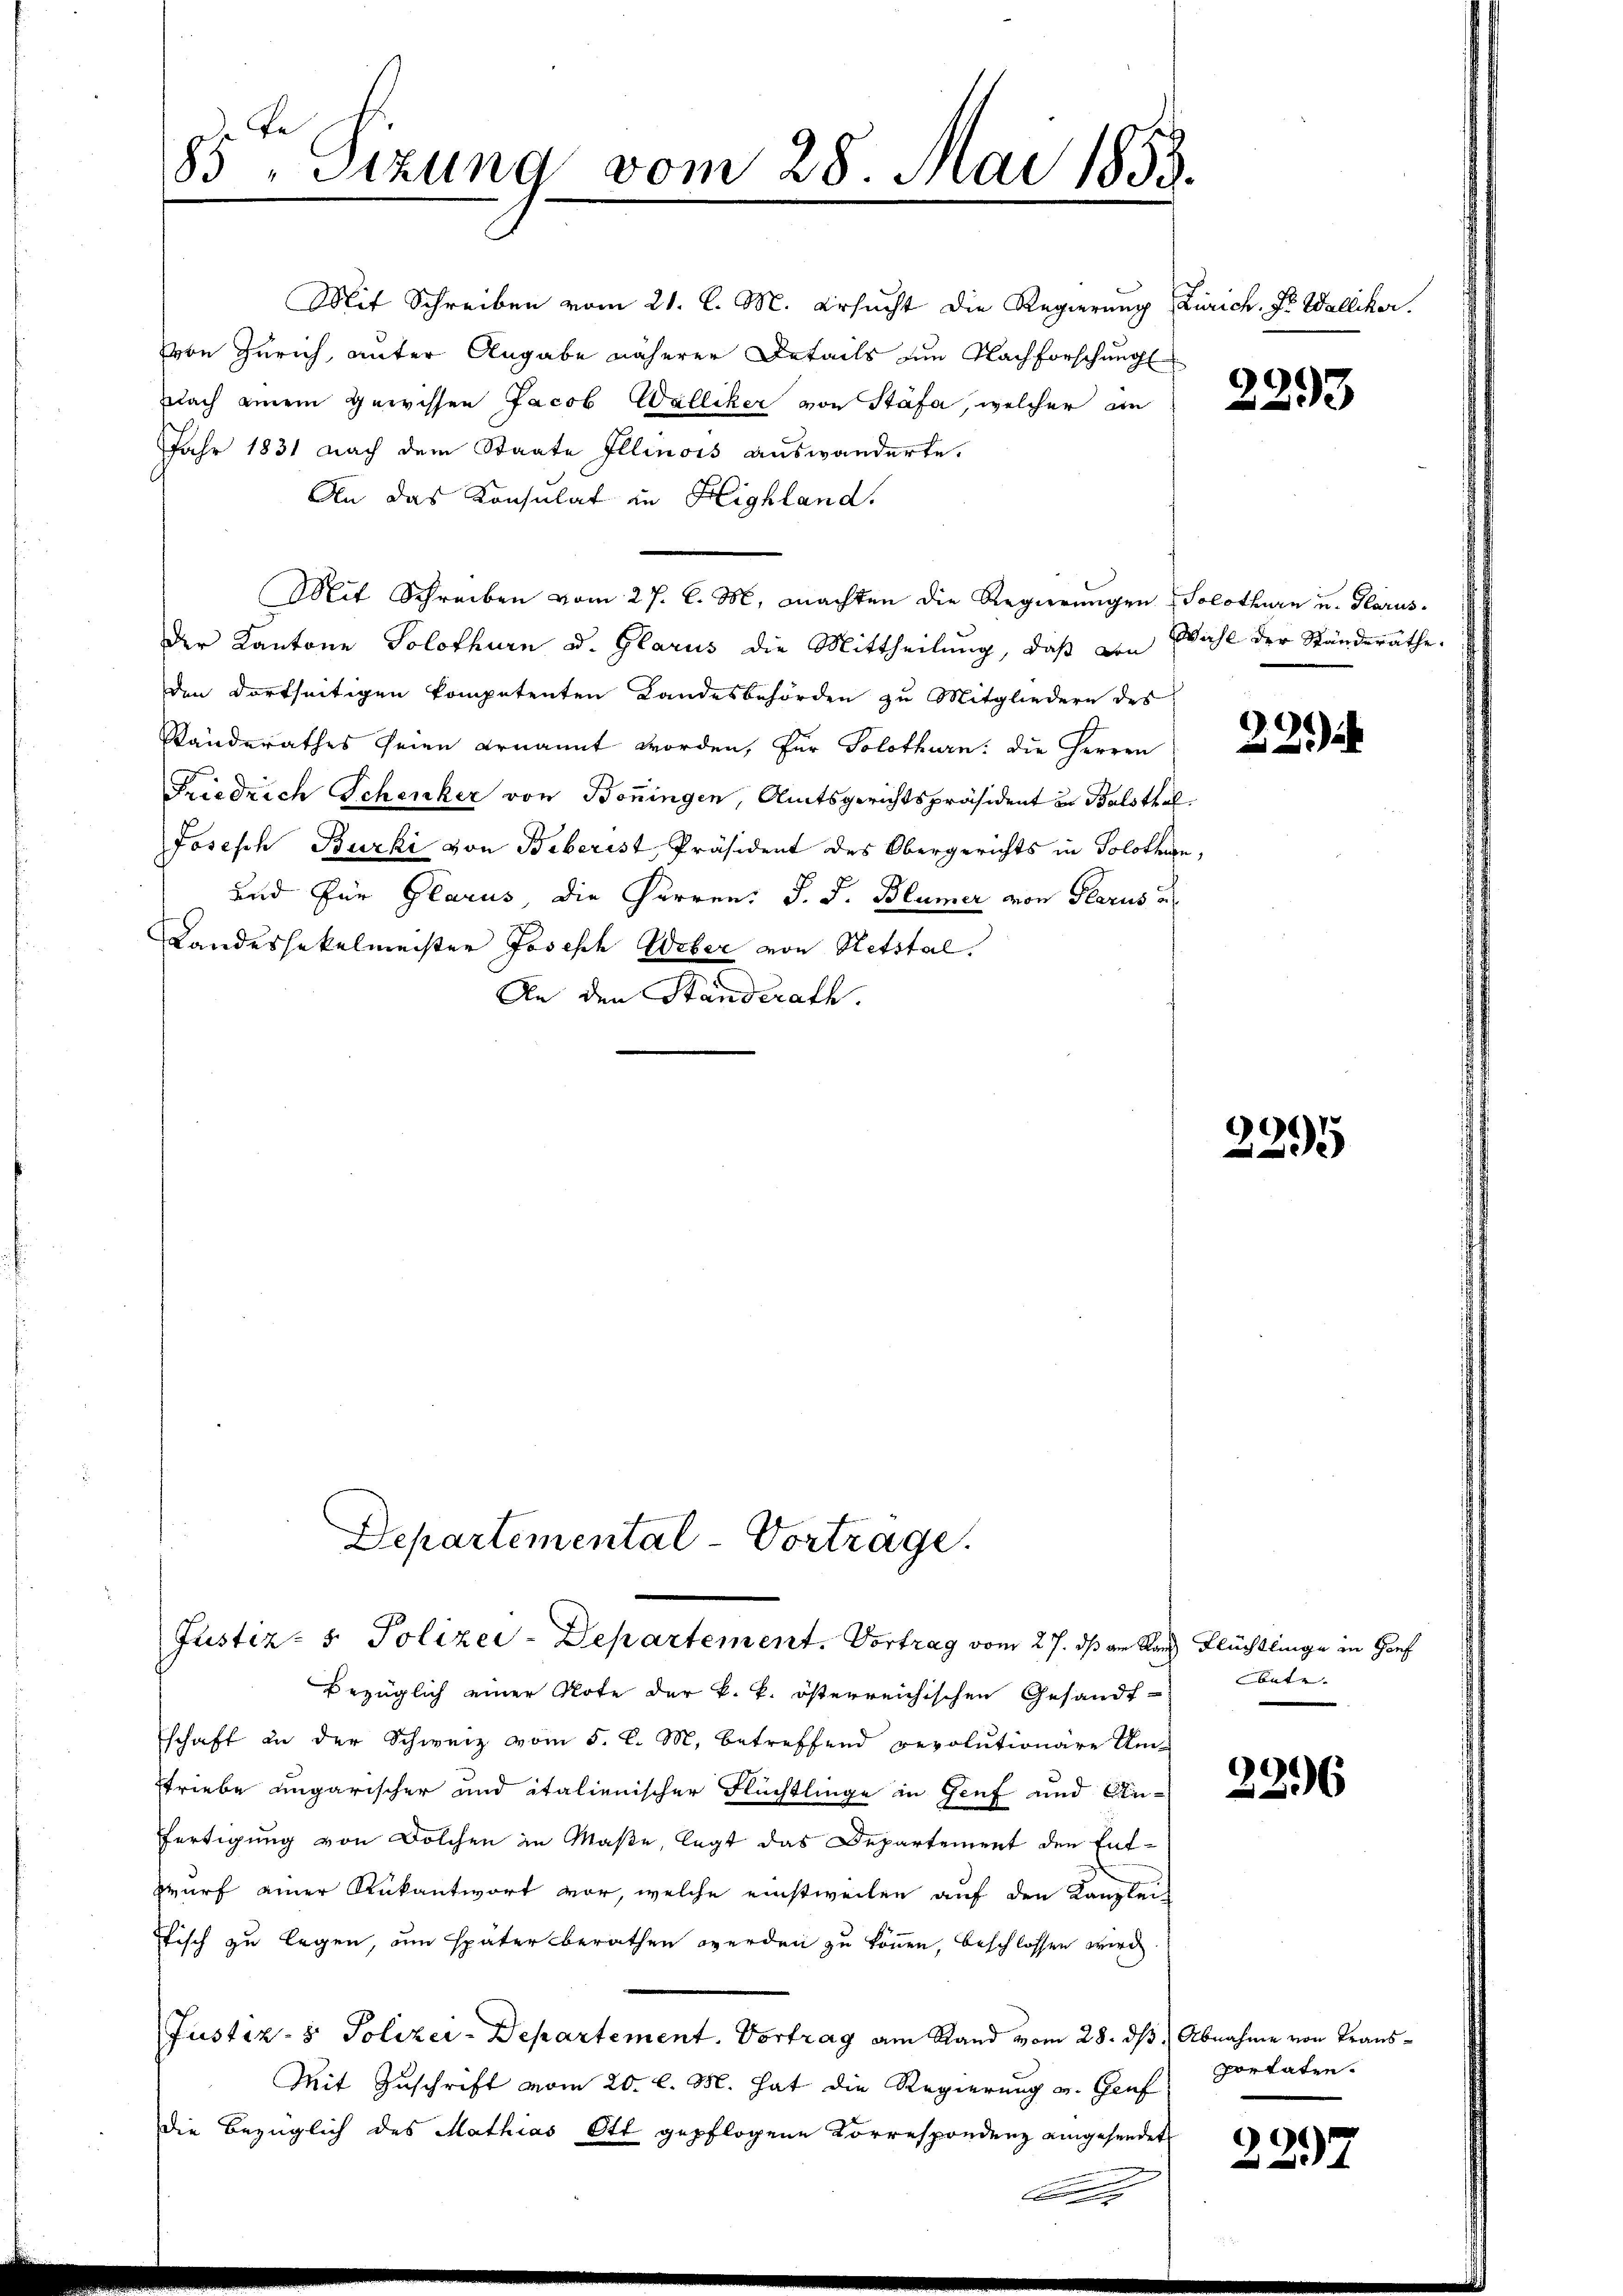
Mit Schreiben vom 21. l. M. ersucht die Regierung Zürich. Fr. Walliker.
von Zürich, unter Angabe näherer Details im Nachforschung
Nach einem gewissen Jacob Walliker von Stäfa, welcher an
Jahr 1831 nach dem Staate Illinois auswanderte.
An das Konsulat in Highland.
Mit Schreiben vom 27. l. M. machten die Regierŭngen Solothurn u. Glarus.
der Kantone Solothurn u. Glarus die Mittheilŭng, daβ von Wahl der Ständeräthe.
den dortseitigen kompetenten Landesbehörden zu Mitgliedern des
Randerathes seien ernannt worden, für Solothurn: die Herren
Friedrich Schenker von Boningen, Amtsgerichtspräsident in Balsthal
Josisch Burki von Biberist, Präsident des Obergerichts in Solothurn,
und für Glarus, die Herren: J. J. Blümer von Glarus a
LLandeshokelmeister Joseph Weber von Hetstal.
An den Standerath.

85ten Sizung vom 28. Mai 1852.

Departemental-Vortrage.
Justiz- & Polizei-Departement. Vortrag vom 27. ds am Rand Flüchtlinge in Hof

.

bezüglich einer Note der k. k. österreichischen Gesandt-
schaft in der Schweiz vom 5. d. M. betreffend revolutionäre Um-
Triebe ungarischer und italienischer Flüchtlinge in Genf und Anfertigung von Dolchen in Maße, legt das Departement den Entzwurf einer Rükantwort vor, welche einstweilen auf den Kanzlei-
stisch zu legen, um später berathen werden zu können, beschlossen wird.
Justiz- & Polizei-Departement. Vortrag am Stand vom 28. ds Abnahme von Trans¬
Mit Zuschrift vom 20. l. M. hat die Regierung v. Genf
die Bezüglich des Mathias Ott gepflogene Korrespondenz eingesendet

2293

9
2

2295

bute. |

226

portaten.

9
7